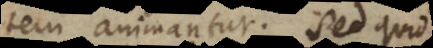
tem animantur. Sed quid